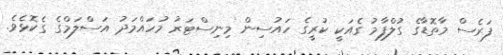
ފަރެސް މާތޮޑާގެ ގުލްފާމު ގެއަކީ ކުރީގެ ހައުސިން މިނިސްޓަރު މުހައްމަދު އަސްލަމްގެ ގެކޮޅެވެ.